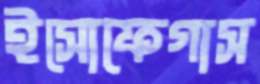
ইসোফেগাস